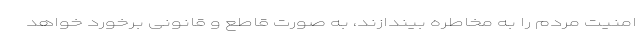
امنیت مردم را به مخاطره بیندازند، به صورت قاطع و قانونی برخورد خواهد